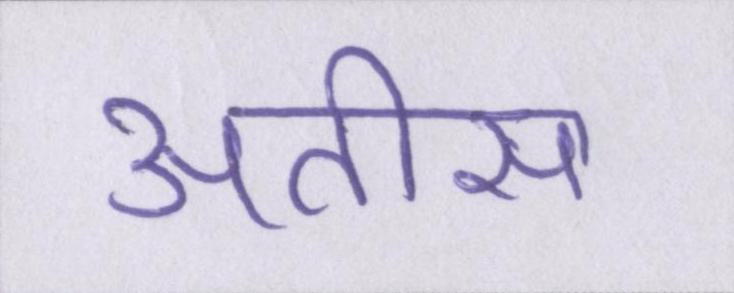
अतीस